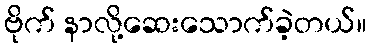
ဗိုက် နာလို့ဆေးသောက်ခဲ့တယ်။